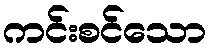
ကင်းစင်သော